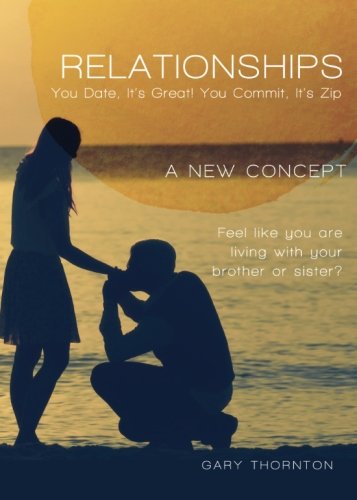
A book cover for Relationships: You Date, It's Great! You Commit, It's Zip; Gary Thornton; Parenting & Relationships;